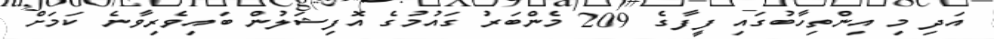
އަދި މި އިންތިހާބުގައި ފީފާގެ 209 މެންބަރު ގައުމުގެ އޮފިޝަލުން ބައިވެރިވާނެ ކަމަށް